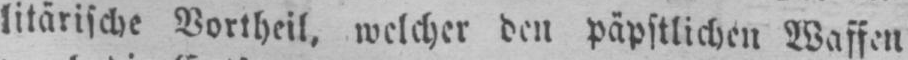
litärische Vortheil, welcher den päpstlichen Waffen